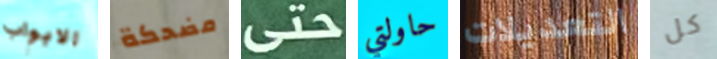
الابواب مضحكة حتى حاولتي التعديلات كل